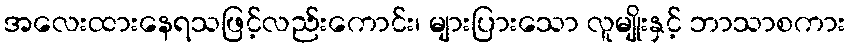
အလေးထားနေရသဖြင့်လည်းကောင်း၊ များပြားသော လူမျိုးနှင့် ဘာသာစကား